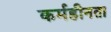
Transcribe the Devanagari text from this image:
कर्महीनता